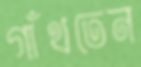
গাঁথতেন